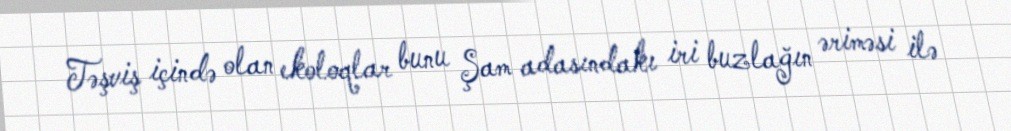
Təşviş içində olan ekoloqlar bunu Şam adasındakı iri buzlağın əriməsi ilə